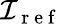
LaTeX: \mathcal{I}_{\mathrm{~r~e~f~}}